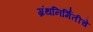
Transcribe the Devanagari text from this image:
ग्रंथनिर्मितीचे